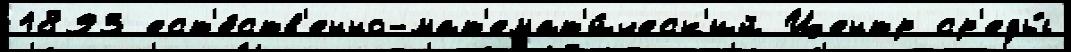
1893 ест'е́ств'енно-мат'емат'и́ческ'ий Центр ср'еды́